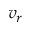
v _ { r }